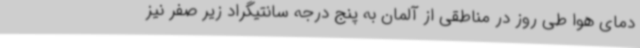
دمای هوا طی روز در مناطقی از آلمان به پنج درجه سانتیگراد زیر صفر نیز